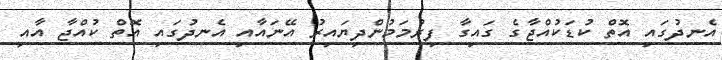
އެނދުގައި އޮތް ކުޑަކުއްޖާގެ ގައިގާ ފިރުމަމުންދިޔައިރު އޭނައާއި އެނދުގައި އޮތް ކުއްޖާ އާއި